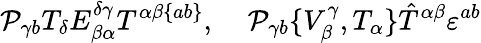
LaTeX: {\cal P}_{\gamma b}T_{\delta}E_{\beta\alpha}^{\delta\gamma}T^{\alpha\beta\{ ab\} },\; \; \; \; {\cal P}_{\gamma b}\{ V_{\beta}^{\gamma},T_{\alpha}\} \hat{T}^{\alpha\beta}\varepsilon^{ab}